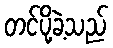
တင်ပို့ခဲ့သည်